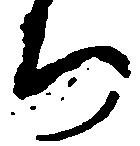
ち